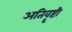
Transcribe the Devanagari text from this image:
अतिवॄष्टी